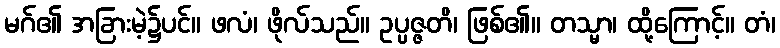
မဂ်၏ အခြားမဲ့၌ပင်။ ဖလံ၊ ဖိုလ်သည်။ ဥပ္ပဇ္ဇတိ၊ ဖြစ်၏။ တသ္မာ၊ ထို့ကြောင့်။ တံ၊